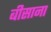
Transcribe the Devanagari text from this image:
बीसाना